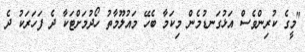
"މީގެ ކުރިންވެސް އަޅުގަނޑުމެން މިކަމާ ބެހޭ މައުލޫމާތު ހޯދުމަށްޓަކާ ދެ ފަހަރަކު ދެ